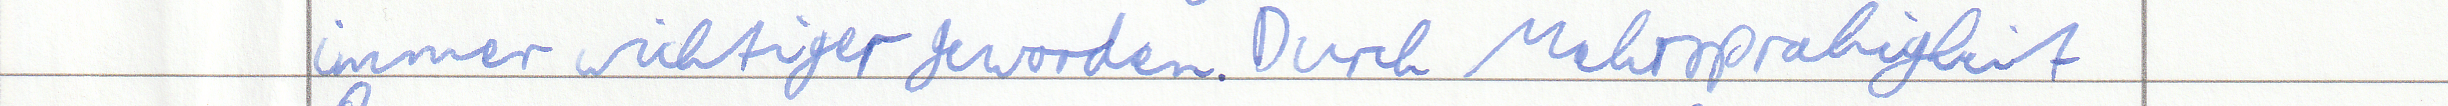
immer wichtiger geworden. Durch Mehrsprachigkeit